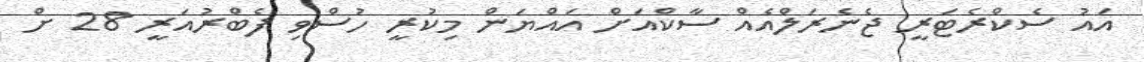
އައު ސެކްރެޓަރީ ޖެނެރަލްއެއް ސާކްއަށް އައްޔަން މިކުރީ ހުސްވި ފެބްރުއަރީ 28 ށް